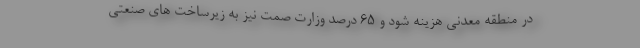
در منطقه معدنی هزینه شود و ۶۵ درصد وزارت صمت نیز به زیرساخت های صنعتی